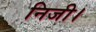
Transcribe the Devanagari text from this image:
निजी।